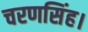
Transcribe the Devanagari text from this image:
चरणसिंह।